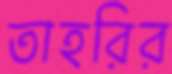
তাহরির